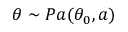
\theta \sim P a ( \theta _ { 0 } , a )